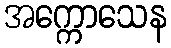
အက္ကောသေန